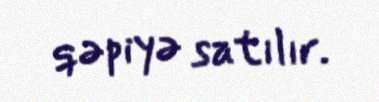
qəpiyə satılır.